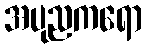
အပုညကရော